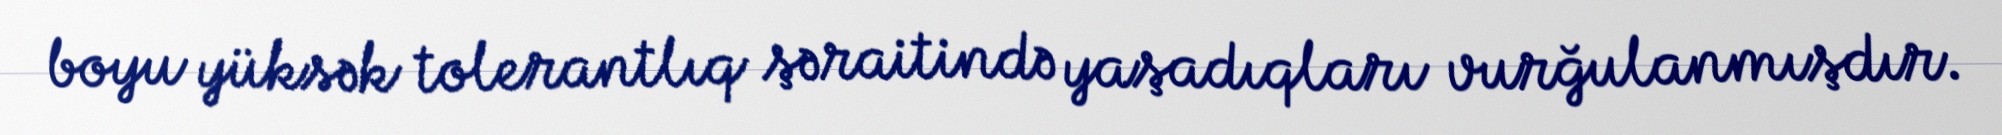
boyu yüksək tolerantlıq şəraitində yaşadıqları vurğulanmışdır.